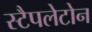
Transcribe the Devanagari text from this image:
स्टैपलेटोन